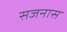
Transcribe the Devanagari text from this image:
सजनास